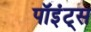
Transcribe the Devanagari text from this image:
पॉइंट्‌स